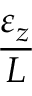
\frac { \varepsilon _ { z } } { L }